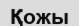
Қожы